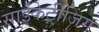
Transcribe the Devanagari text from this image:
साईंकेट्रीजिंग